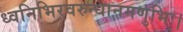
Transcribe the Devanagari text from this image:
ध्वनिभिरवरुन्धानमणुभिः।